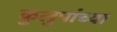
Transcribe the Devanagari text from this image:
कुलुपांच्या